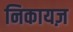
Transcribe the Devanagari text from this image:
निकायज़